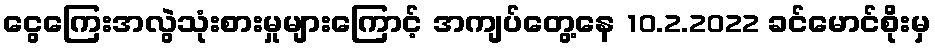
ငွေကြေးအလွဲသုံးစားမှုများကြောင့် အကျပ်တွေ့နေ 10.2.2022 ခင်မောင်စိုးမှ